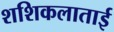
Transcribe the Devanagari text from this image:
शशिकलाताई